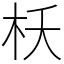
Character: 枖